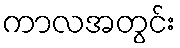
ကာလအတွင်း